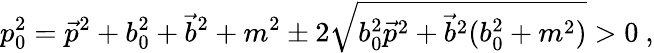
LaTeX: p_{0}^{2}=\vec{p}^{2}+b_{0}^{2}+\vec{b}^{2}+m^{2}\pm 2\sqrt{b_{0}^{2}\vec{p}^{2}+\vec{b}^{2}(b_{0}^{2}+m^{2})}>0\ ,